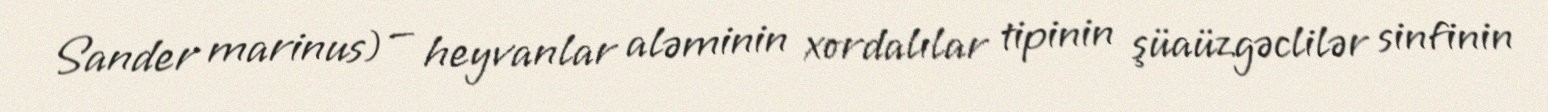
Sander marinus) — heyvanlar aləminin xordalılar tipinin şüaüzgəclilər sinfinin